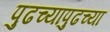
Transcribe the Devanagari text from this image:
पुढच्यापुढच्या